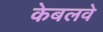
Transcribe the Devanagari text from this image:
केबलवे